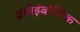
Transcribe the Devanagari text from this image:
थ्रंबोइंबोलिक